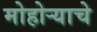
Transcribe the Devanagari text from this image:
मोहोर्‍याचे